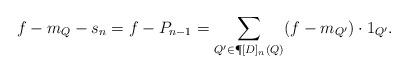
LaTeX: \begin{align*} f-m_Q-s_n=f-P_{n-1}= \sum\limits_{Q'\in\P[D]_n(Q)} (f-m_{Q'})\cdot 1_{Q'}.\end{align*}